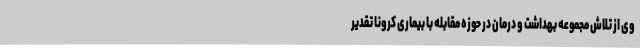
وی از تلاش مجموعه بهداشت و درمان در حوزه مقابله با بیماری کرونا تقدیر